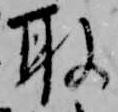
取